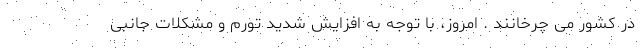
در کشور می چرخانند . امروز، با توجه به افزایش شدید تورم و مشکلات جانبی